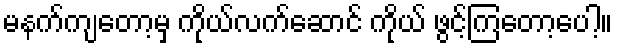
မနက်ကျတော့မှ ကိုယ်လက်ဆောင် ကိုယ် ဖွင့်ကြတော့ပေါ့။